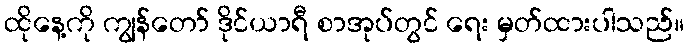
ထိုနေ့ကို ကျွန်တော် ဒိုင်ယာရီ စာအုပ်တွင် ရေး မှတ်ထားပါသည်။